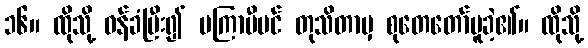
၁၆။ ထိုသို့ ဝန်ခံပြီး၍ မကြာမီပင် တုသိတာမှ စုတေတော်မူခဲ့၏။ ထိုသို့